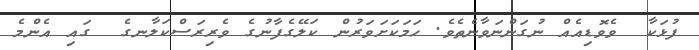
ފުޅަކާ  ވެވޮޑިއެއް ނުގަންނަވާނެތެވެ. ހަމަކަށަވަރުން ކަލޭގެފާނުގެ ވެރިރަސްކަލާނގެ  ގައި އެންމެ